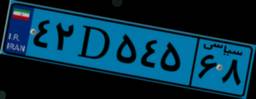
۵۱D۸۰۶۹۶